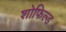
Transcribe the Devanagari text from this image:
शोफिल्ड